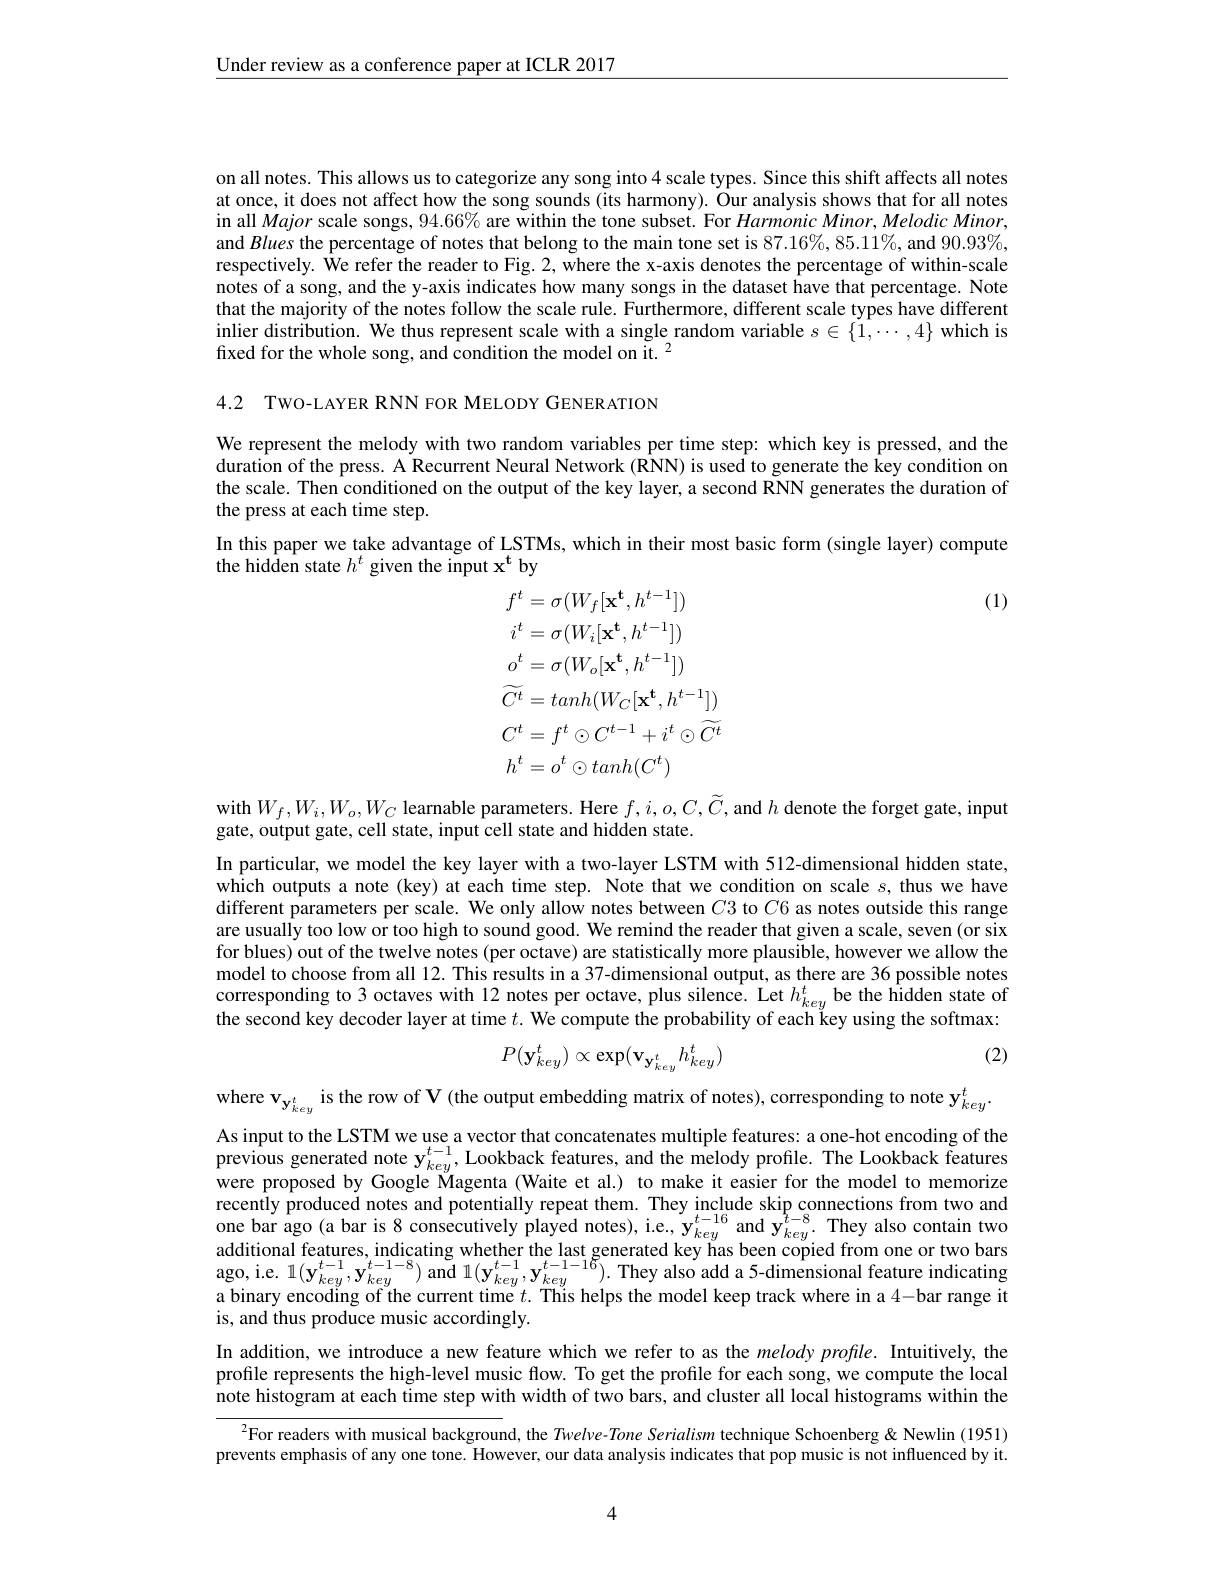
$\underline{\text{Under review as a conference paper at ICLR 2017}}$

on all notes. This allows us to categorize any song into 4 scale types. Since this shift affects all notes at once, it does not affect how the song sounds (its harmony). Our analysis shows that for all notes in all Major scale songs, 94.66% are within the tone subset. For Harmonic Minor, Melodic Minor, and Blues the percentage of notes that belong to the main tone set is $87.16\%,85.11\%$, and $90.93\%$, respectively. We refer the reader to Fig. 2, where the x-axis denotes the percentage of within-scale notes of a song, and the y-axis indicates how many songs in the dataset have that percentage. Note that the majority of the notes follow the scale rule. Furthermore, different scale types have different inlier distribution. We thus represent scale with a single random variable $s\in\{\tilde{1},\cdots,4\}$ which is fixed for the whole song, and condition the model on it. $^{2}$

4.2 TWO-LAYER RNN FOR MELODY GENER ATION

We represent the melody with two random variables per time step: which key is pressed, and the duration of the press. A Recurrent Neural Network (RNN) is used to generate the key condition on the scale. Then conditioned on the output of the key layer, a second RNN generates the duration of the press at each time step.
In this paper we take advantage of LSTMs, which in their most basic form (single layer) compute
the hidden state $h^t$ given the input x$^\mathrm{t}$ by

(1)
$$\begin{aligned}&f^{t}=\sigma(W_{f}[\mathbf{x^{t}},h^{t-1}])\\&i^{t}=\sigma(W_{i}[\mathbf{x^{t}},h^{t-1}])\\&o^{t}=\sigma(W_{o}[\mathbf{x^{t}},h^{t-1}])\\&\widetilde{C^{t}}=tanh(W_{C}[\mathbf{x^{t}},h^{t-1}])\\&C^{t}=f^{t}\odot C^{t-1}+i^{t}\odot\widetilde{C^{t}}\\&h^{t}=o^{t}\odot tanh(C^{t})\end{aligned}$$
with $W_f,W_i,W_o,W_C$ learnable parameters. Here $f,i,o,C,\widetilde{C}$,and $h$ denote the forget gate, input
gate, output gate, cell state, input cell state and hidden state.

In particular, we model the key layer with a two-layer LSTM with 512-dimensional hidden state, which outputs a note (key) at each time step. Note that we condition on scale $s$, thus we have different parameters per scale. We only allow notes between $C3$ to $C6$ as notes outside this range are usually too low or too high to sound good. We remind the reader that given a scale, seven (or six for blues) out of the twelve notes (per octave) are statistically more plausible, however we allow the model to choose from all 12. This results in a 37-dimensional output, as there are 36 possible notes corresponding to 3 octaves with 12 notes per octave, plus silence. Let $h_{key}^{t}$ be the hidden state of the second key decoder layer at time $t.$ We compute the probability of each key using the softmax:

(2)
$$P(\mathbf{y}_{key}^t)\propto\exp(\mathbf{v}_{\mathbf{y}_{key}^t}h_{key}^t)$$
where v$_\mathbf{y}_{key}^{t}$ is the row of V (the output embedding matrix of notes), corresponding to note $\mathbf{y}_key^{t}.$ As input to the LSTM we use a vector that concatenates multiple features: a one-hot encoding of the previous generated note $\mathbf{y}_{key}^{t-1}$, Lookback features, and the melody profile. The Lookback features were proposed by Google Magenta (Waite et al.) to make it easier for the model to memorize recently produced notes and potentially repeat them. They include skip connections from two and one bar ago (a bar is 8 consecutively played notes), i.e. $\mathbf{y}_{key}^{t-16}$ and $\mathbf{y}_{key}^{t-8}.$ They also contain two additional features, indicating whether the last generated key has beeen copied from one or two bars ago, i. e. 1$( \mathbf{y} _{key}^{t- 1}, \mathbf{y} _{key}^{t- 1- 8})$ and 1$( \mathbf{y} _{key}^{t- 1}, \mathbf{y} _{key}^{t- 1- 16}) .$ They also add a 5- dimensional feature indicating a binary encoding of the current time $t.$ This helps the model keeep track where in a 4- bar range ite ba is, and thus produce music accordingly.
In addition, we introduce a new feature which we refer to as the $melodyprofile.$ Intuitively, the profile represents the high-level music flow. To get the profile for each song, we compute the local note histogram at each time step with width of two bars, and cluster all local histograms within the

$^{2}$For readers with musical background, the Twelve- Tone Serialism technique Schoenberg & Newlin (1951) prevents emphasis of any one tone. However, our data analysis indicates that pop music is not influenced by it.

4